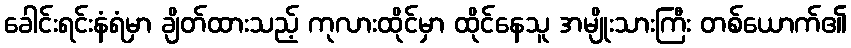
ခေါင်းရင်းနံရံမှာ ချိတ်ထားသည့် ကုလားထိုင်မှာ ထိုင်နေသူ အမျိုးသားကြီး တစ်ယောက်၏